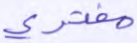
مفترى